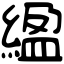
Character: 䋼